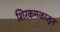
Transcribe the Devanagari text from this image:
शिरकमळातून